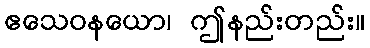
ဧသေဝနယော၊ ဤနည်းတည်း။